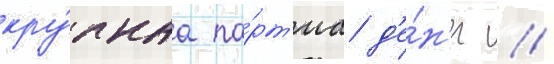
кру́пнаа па́рт'иа д'е́н'ег //